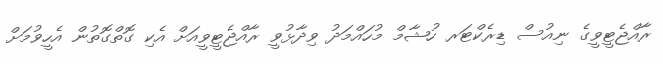
ރާއްޖެޓީވީގެ ނިއުސް ޑިރެކްޓަރ ހުޝާމް މުހައްމަދު ވިދާޅުވީ ރާއްޖެޓީވީއަށް އެކި ގޮތްގޮތުން އެހީވުމަށް